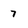
Character: 7